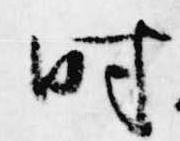
時